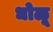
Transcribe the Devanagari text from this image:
धोळू